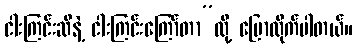
ငါးကြင်းဆီနဲ့ ငါးကြင်းကြော်တာ”လို့ ပြောလိုက်ပါတယ်။